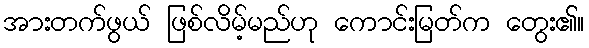
အားတက်ဖွယ် ဖြစ်လိမ့်မည်ဟု ကောင်းမြတ်က တွေး၏။